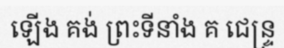
ឡើង គង់ ព្រះទីនាំង គ ជេន្ទ្រ